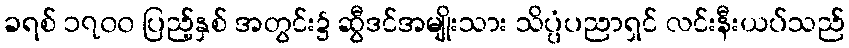
ခရစ် ၁၇၀၀ ပြည့်နှစ် အတွင်း၌ ဆွီဒင်အမျိုးသား သိပ္ပံပညာရှင် လင်းနီးယပ်သည်